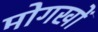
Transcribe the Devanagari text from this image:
मोगखों